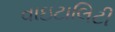
વાઇટાલિટી